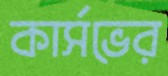
কার্সভের